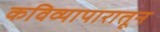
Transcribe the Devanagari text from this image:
कविव्यापारातून